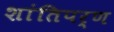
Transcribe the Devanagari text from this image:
शांतिपर्ण